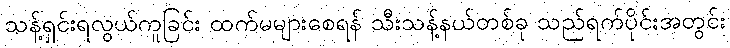
သန့်ရှင်းရလွယ်ကူခြင်း ထက်မများစေရန် သီးသန့်နယ်တစ်ခု သည်ရက်ပိုင်းအတွင်း